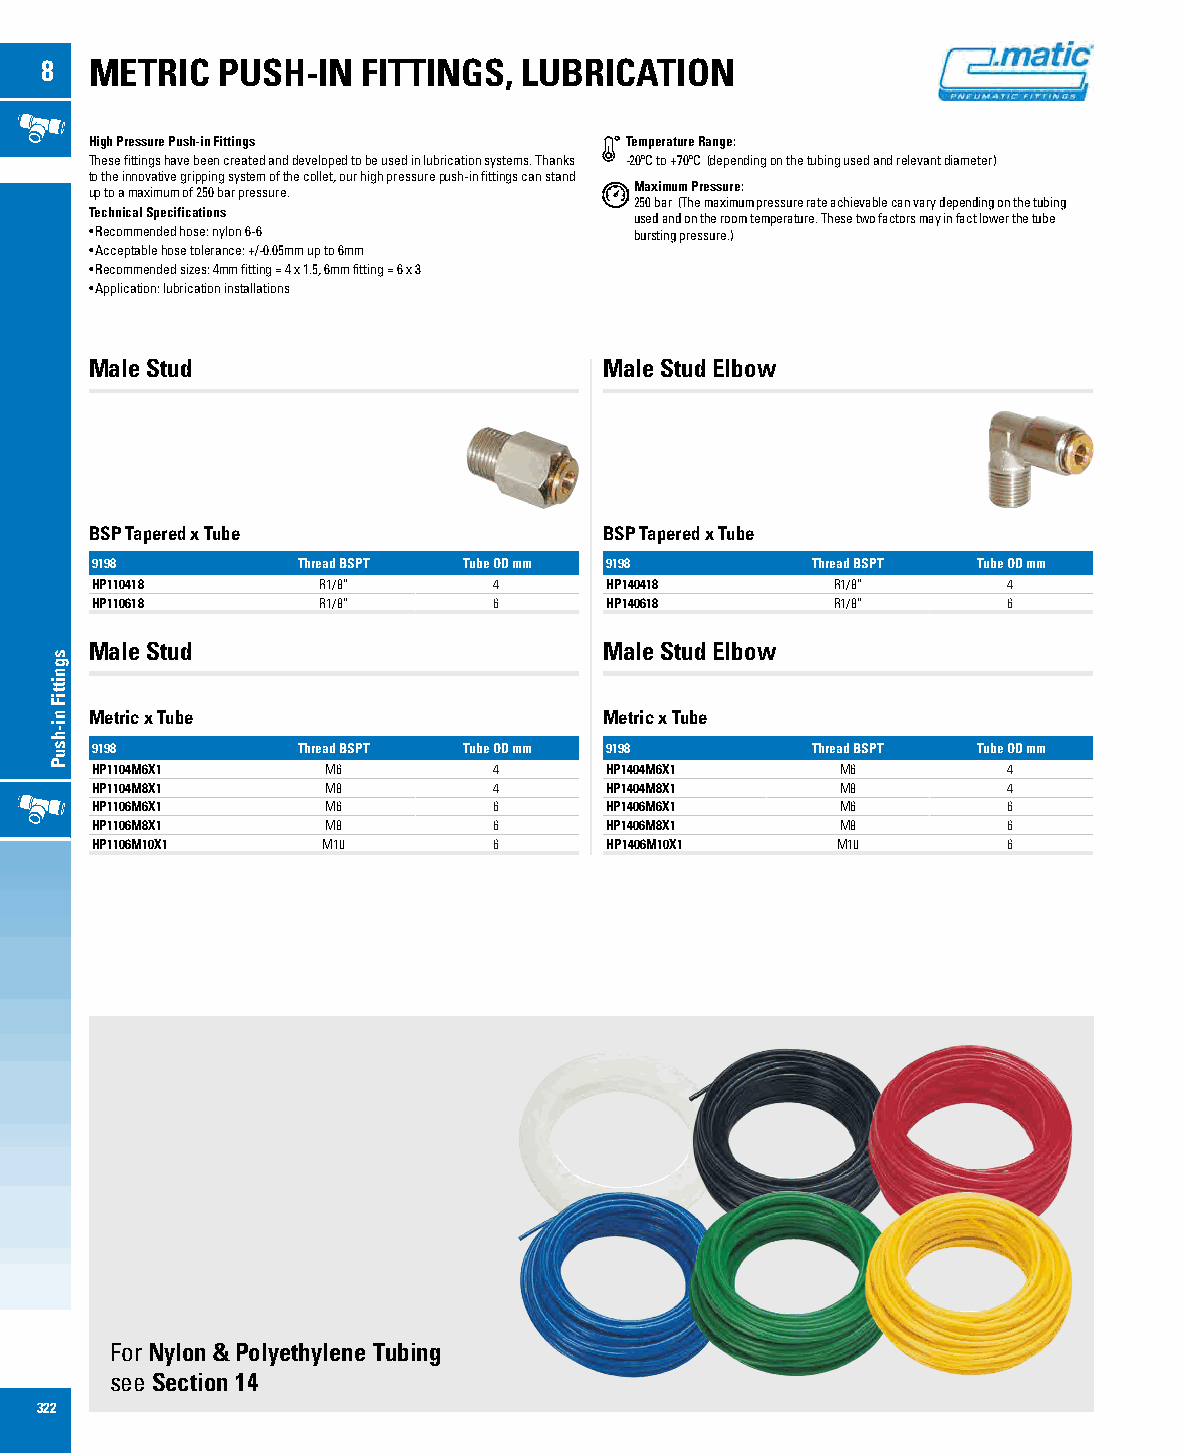
8  METRIC  PUSH-IN   FITTINGS,  LUBRICATION
 High Pressure Push-in Fittings     Temperature Range:
 These fittings have been created and developed to be used in lubrication systems. Thanks -20ºC to +70ºC (depending on the tubing used and relevant diameter)
 to the innovative gripping system of the collet, our high pressure push-in fittings can stand
 Maximum Pressure:
 up to a maximum of 250 bar pressure.
 250 bar (The maximum pressure rate achievable can vary depending on the tubing
 Technical Specifications
 used and on the room temperature. These two factors may in fact lower the tube
 • Recommended hose: nylon 6-6       bursting pressure.)
 • Acceptable hose tolerance: +/-0.05mm up to 6mm
 • Recommended sizes: 4mm fitting = 4 x 1.5, 6mm fitting = 6 x 3
 • Application: lubrication installations
 Male Stud                         Male Stud Elbow
 BSP Tapered x Tube                BSP Tapered x Tube
 9198          Thread BSPT Tube OD mm 9198       Thread BSPT Tube OD mm
 HP110418       R1/8”       4      HP140418       R1/8”       4
 HP110618       R1/8”       6      HP140618       R1/8”       6
 Male Stud                         Male Stud Elbow
 Metric x Tube                     Metric x Tube
 9198          Thread BSPT Tube OD mm 9198       Thread BSPT Tube OD mm
 HP1104M6X1      M6         4      HP1404M6X1      M6         4
 HP1104M8X1      M8         4      HP1404M8X1      M8         4
 HP1106M6X1      M6         6      HP1406M6X1      M6         6
 HP1106M8X1      M8         6      HP1406M8X1      M8         6
 HP1106M10X1    M10         6      HP1406M10X1    M10         6
 For Nylon & Polyethylene Tubing
 see Section 14
 322
 sgnittiF
 ni-hsuP